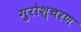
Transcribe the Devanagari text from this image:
गुरोश्चरण